65_HS1-834228961_62-HQ-83894_Section_6
Agency: FBI
Page 161
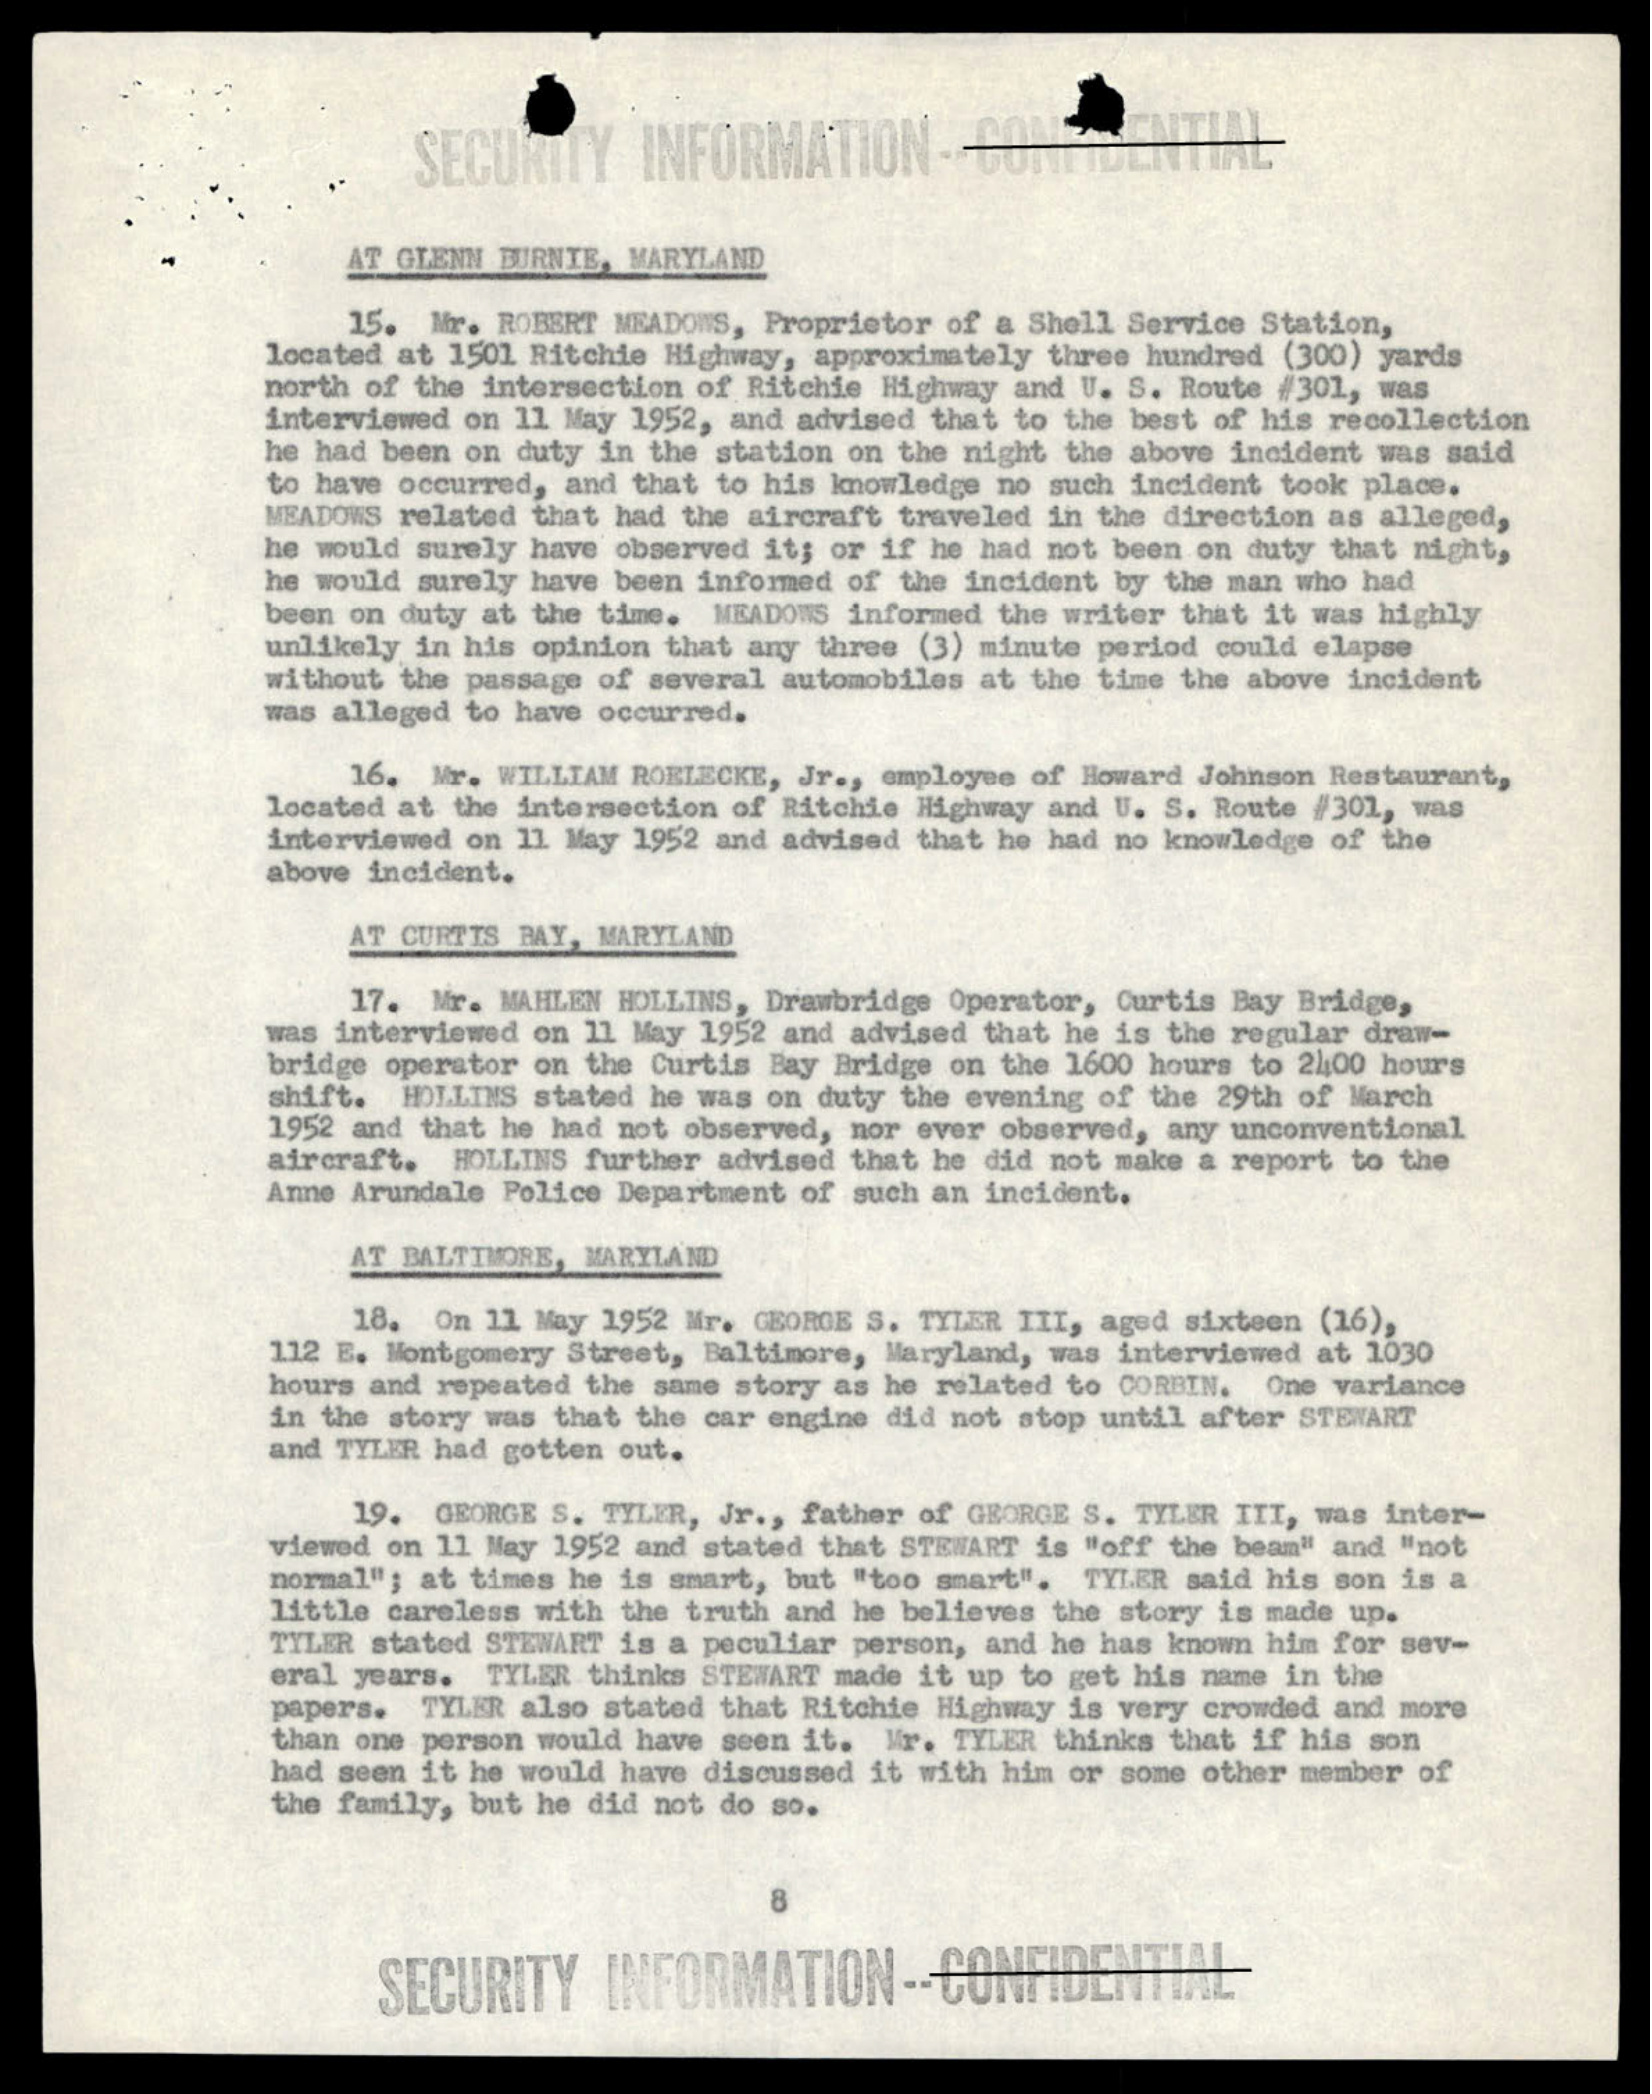